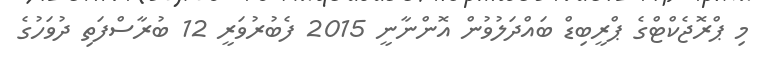
މި ޕްރޮޖެކްޓްގެ ޕްރީބިޑް ބައްދަލުވުން އޮންނާނީ 2015 ފެބުރުވަރީ 12 ބުރާސްފަތި ދުވަހުގެ